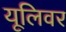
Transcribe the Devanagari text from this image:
यूलिवर